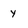
Character: y